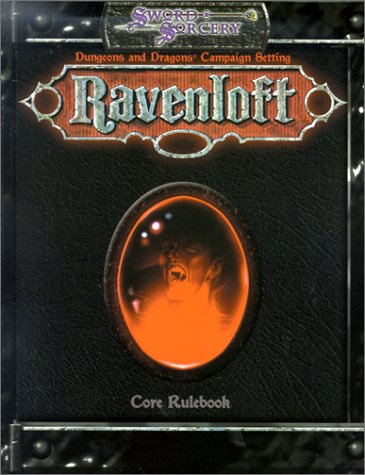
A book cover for Ravenloft Campaign Setting: Core Rulebook (d20 3.0 Fantasy Roleplaying); Andrew Cermak; Science Fiction & Fantasy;